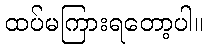
ထပ်မကြားရတော့ပါ။